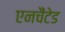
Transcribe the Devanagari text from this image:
एनचैंटेड